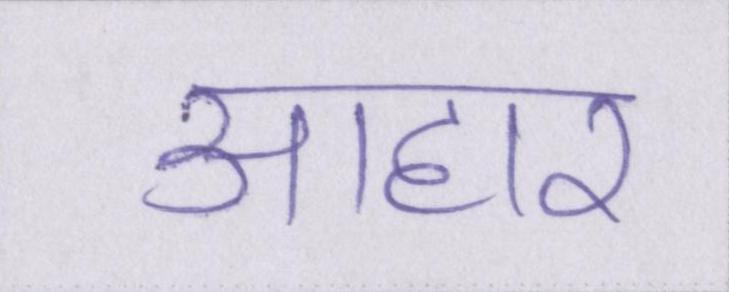
आहार